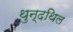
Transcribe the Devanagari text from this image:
थुन्दथिल